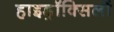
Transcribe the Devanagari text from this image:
हाइड्रॉक्सिलों